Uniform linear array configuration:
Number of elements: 24
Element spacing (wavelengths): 0.5
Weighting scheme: blackman
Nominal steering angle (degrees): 0
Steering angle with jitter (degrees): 1.757
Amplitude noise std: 0.05
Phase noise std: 0.05

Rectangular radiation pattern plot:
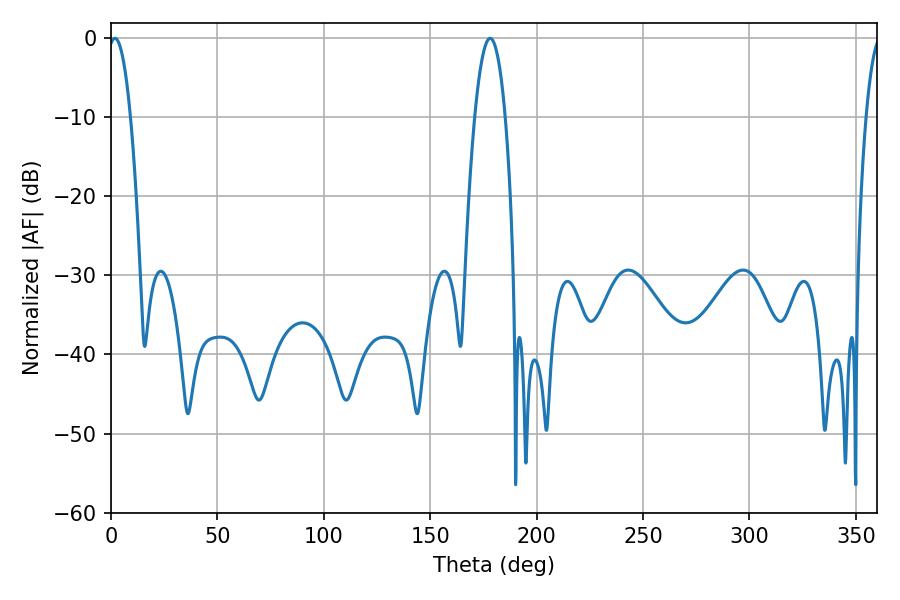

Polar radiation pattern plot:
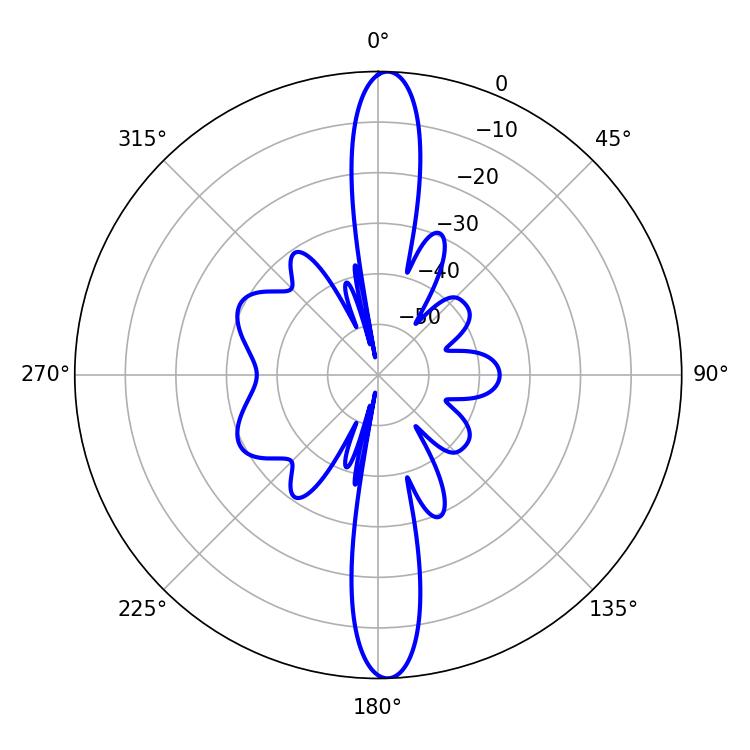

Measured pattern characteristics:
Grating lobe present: FALSE
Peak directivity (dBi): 23.386
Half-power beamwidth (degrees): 5.76
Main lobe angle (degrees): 1.8